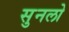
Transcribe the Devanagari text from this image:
सुनलो